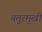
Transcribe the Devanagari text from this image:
चतुरमुखी